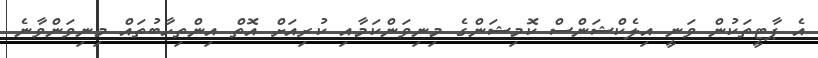
އެ ޕާޓީތަކުން ވަނީ އިލެކްޝަންސް ކޮމިޝަންގެ މިނިވަންކަމާއި ކުރިއަށް އޮތް އިންތިހާބުތައް މިނިވަންވާނެ